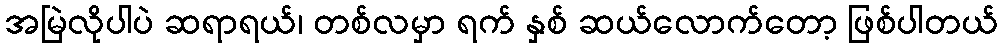
အမြဲလိုပါပဲ ဆရာရယ်၊ တစ်လမှာ ရက် နှစ် ဆယ်လောက်တော့ ဖြစ်ပါတယ်